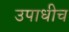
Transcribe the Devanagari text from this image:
उपाधीच